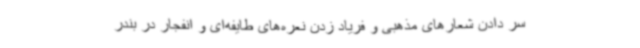
سر دادن شعارهای مذهبی و فریاد زدن نعره‌های طایفه‌ای و انفجار در بندر